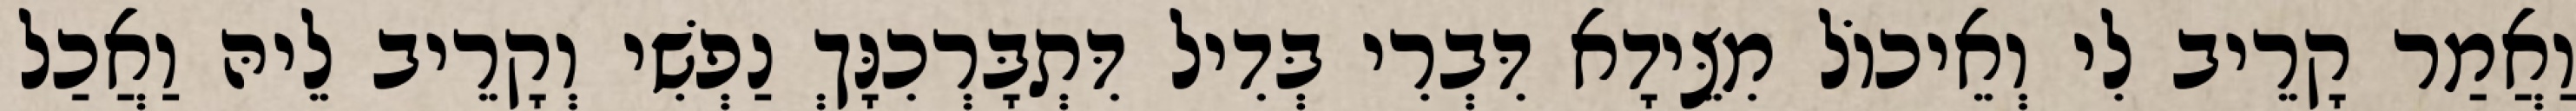
וַאֲמַר קָרֵיב לִי וְאֵיכוֹל מִצֵּידָא דִּבְרִי בְּדִיל דִּתְבָּרְכִנָּךְ נַפְשִׁי וְקָרֵיב לֵיהּ וַאֲכַל